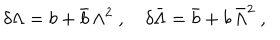
LaTeX: \delta \Lambda = b + \bar { b } \, \Lambda ^ { 2 } ~ , \quad \delta \bar { \Lambda } = \bar { b } + b \, \bar { \Lambda } ^ { 2 } ~ ,